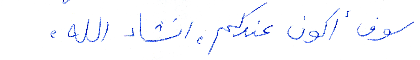
سوف أكون عندكم انشاء الله,